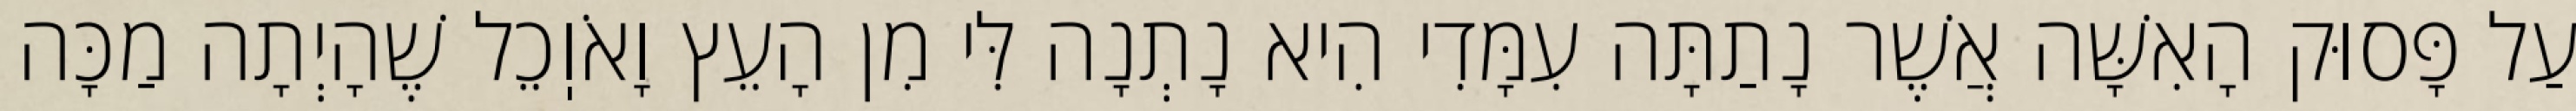
עַל פָּסוּק הָאִשָּׁה אֲשֶׁר נָתַתָּה עִמָּדִי הִיא נָתְנָה לִּי מִן הָעֵץ וָאֹוֽכֵל שֶׁהָיְתָה מַכָּה